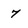
Character: 7